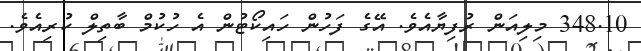
348.10 މިލިއަން ރުފިޔާއެވެ. އޭގެ ފަހުން ހައިކޯޓުން އެ ހުކުމް ބާތިލް ކުރިއެވެ.